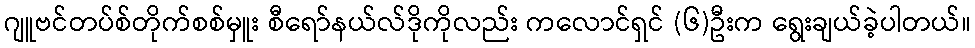
ဂျူဗင်တပ်စ်တိုက်စစ်မှူး စီရော်နယ်လ်ဒိုကိုလည်း ကလောင်ရှင် (၆)ဦးက ရွေးချယ်ခဲ့ပါတယ်။